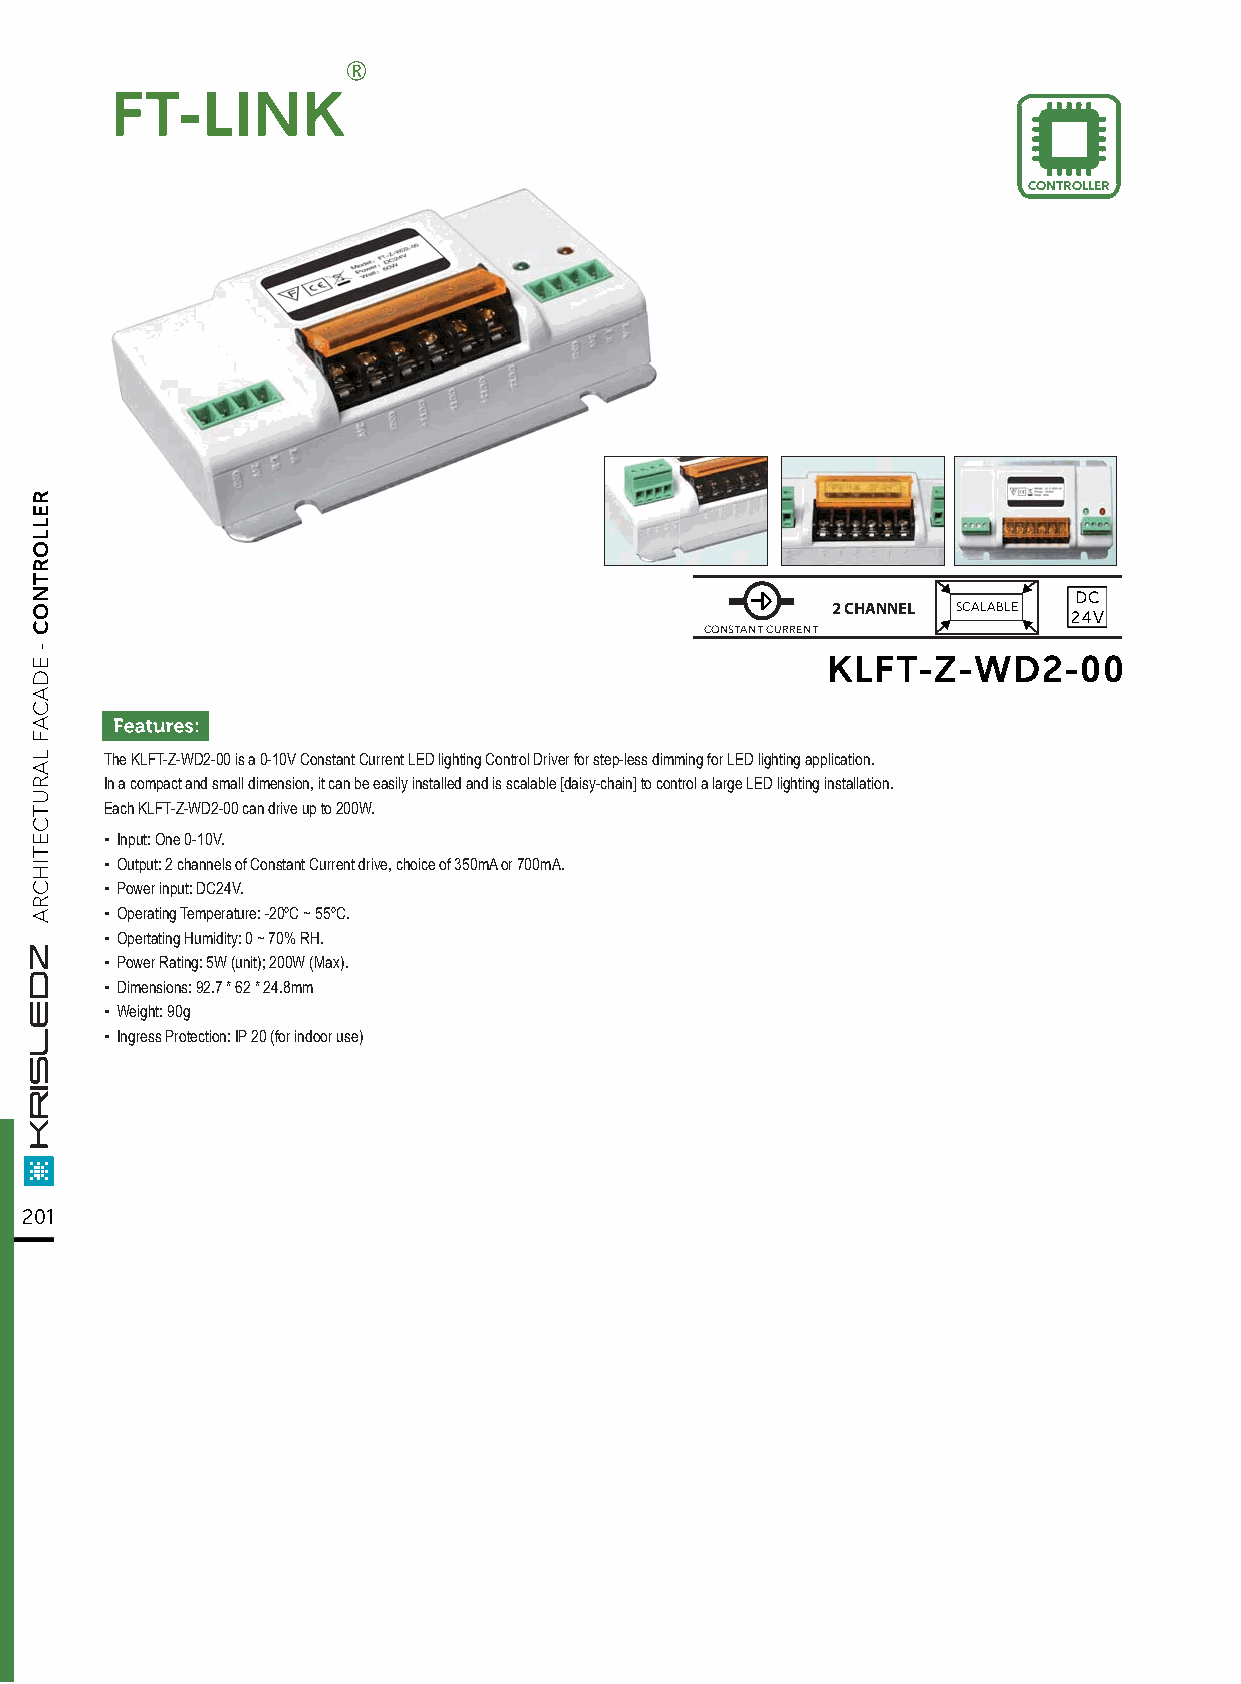
FT-LINK
 CONTROLLER
 DC
 2 CHANNEL SCALABLE 24V
 CONSTANT CURRENT
 KLFT-Z-WD2-00
 The KLFT-Z-WD2-00 is a 0-10V Constant Current LED lighting Control Driver for step-less dimming for LED lighting application.
 In a compact and small dimension, it can be easily installed and is scalable [daisy-chain] to control a large LED lighting installation.
 Each KLFT-Z-WD2-00 can drive up to 200W.
 ▪ Input: One 0-10V.
 ▪ Output: 2 channels of Constant Current drive, choice of 350mA or 700mA.
 ▪ Power input: DC24V.
 ▪ Operating Temperature: -20ºC ~ 55ºC.
 ▪ Opertating Humidity: 0 ~ 70% RH.
 ▪ Power Rating: 5W (unit); 200W (Max).
 ▪ Dimensions: 92.7 * 62 * 24.8mm
 ▪ Weight: 90g
 ▪ Ingress Protection: IP 20 (for indoor use)
 201
 RELLORTNOC
 -
 EDACAF
 LARUTCETIHCRA